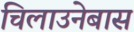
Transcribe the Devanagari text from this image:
चिलाउनेबास